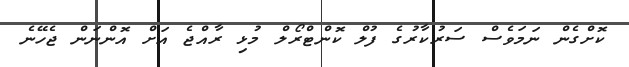
ކޮށްގެން ނަމަވެސް ސަރުކާރުގެ ފުލް ކޮންޓްރޯލް މުޅި ރާއްޖެ އަށް އޮންނަން ޖެހޭނެ